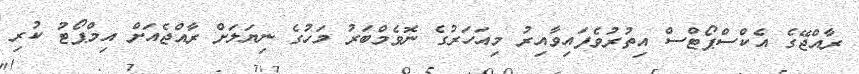
ރާއްޖޭގެ އެކްސްޕޯޓްސް އިތުރުވެފައިވާއިރު މިއަހަރުގެ ނޮވެމްބަރު މަހުގެ ނިޔަލަށް ރާއްޖެއަށް އިމްޕޯޓު ކުރި